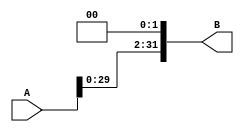
`timescale 1ns/1ns

module ShiftLeft(
    input [31:0]A,
    output [31:0]B

);

assign B=A<<2;

endmodule